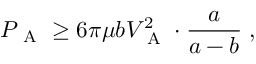
P _ { \mathrm { ~ A ~ } } \geq 6 \pi \mu b V _ { \mathrm { ~ A ~ } } ^ { 2 } \cdot \frac a { a - b } \; ,